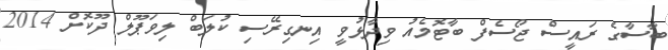
ބާސާގެ ރައީސް ޖޯސެފް ބާޓޮމެއު ވިދާޅުވީ އިނގިރޭސި ކުލަބް ލިވަޕޫލް ދޫކޮށް 2014